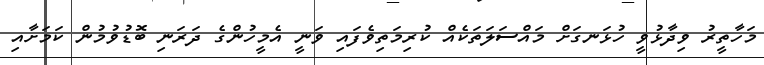
މަހާތީރު ވިދާޅުވީ ހުޅަނގަށް މައްސަލަތަކެއް ކުރިމަތިވެފައި ވަނީ އެމީހުންގެ ދަރަނި ބޮޑުވުމުން ކަމަށާއި